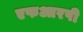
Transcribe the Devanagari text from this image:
एफआरपी